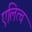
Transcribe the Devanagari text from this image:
एलित्च